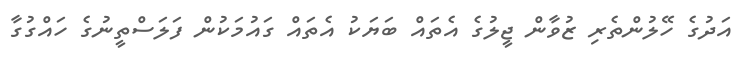
އަދުގެ ހޭލުންތެރި ޒުވާން ޖީލުގެ އެތައް ބަޔަކު އެތައް ގައުމަކުން ފަލަސްތީނުގެ ހައްގުގާ